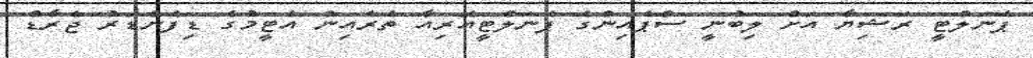
ޕެނަލްޓީ ރަޝިޔާ އަށް ލިބުނީ ސްޕެއިންގެ ޕެނަލްޓީއޭރިއާ ތެރެއިން އެޓީމުގެ ޑިފެންޑަރު ޖެރާޑް